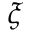
\xi